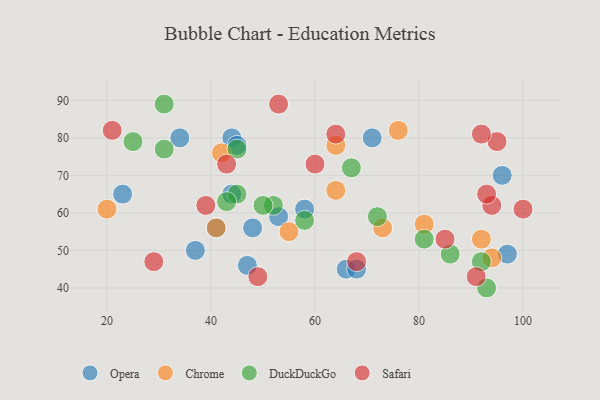
{"axis": {"x": "GDP", "y": "Life Expectancy"}, "legend": ["Chrome", "DuckDuckGo", "Opera", "Safari"], "data": [{"x": "44", "y": 80, "type": "Opera"}, {"x": "47", "y": 46, "type": "Opera"}, {"x": "44", "y": 65, "type": "Opera"}, {"x": "45", "y": 78, "type": "Opera"}, {"x": "71", "y": 80, "type": "Opera"}, {"x": "96", "y": 70, "type": "Opera"}, {"x": "41", "y": 56, "type": "Opera"}, {"x": "97", "y": 49, "type": "Opera"}, {"x": "53", "y": 59, "type": "Opera"}, {"x": "37", "y": 50, "type": "Opera"}, {"x": "66", "y": 45, "type": "Opera"}, {"x": "23", "y": 65, "type": "Opera"}, {"x": "68", "y": 45, "type": "Opera"}, {"x": "48", "y": 56, "type": "Opera"}, {"x": "34", "y": 80, "type": "Opera"}, {"x": "58", "y": 61, "type": "Opera"}, {"x": "64", "y": 66, "type": "Chrome"}, {"x": "92", "y": 53, "type": "Chrome"}, {"x": "76", "y": 82, "type": "Chrome"}, {"x": "94", "y": 48, "type": "Chrome"}, {"x": "42", "y": 76, "type": "Chrome"}, {"x": "41", "y": 56, "type": "Chrome"}, {"x": "81", "y": 57, "type": "Chrome"}, {"x": "20", "y": 61, "type": "Chrome"}, {"x": "55", "y": 55, "type": "Chrome"}, {"x": "73", "y": 56, "type": "Chrome"}, {"x": "64", "y": 78, "type": "Chrome"}, {"x": "45", "y": 77, "type": "DuckDuckGo"}, {"x": "92", "y": 47, "type": "DuckDuckGo"}, {"x": "52", "y": 62, "type": "DuckDuckGo"}, {"x": "72", "y": 59, "type": "DuckDuckGo"}, {"x": "58", "y": 58, "type": "DuckDuckGo"}, {"x": "93", "y": 40, "type": "DuckDuckGo"}, {"x": "81", "y": 53, "type": "DuckDuckGo"}, {"x": "31", "y": 77, "type": "DuckDuckGo"}, {"x": "86", "y": 49, "type": "DuckDuckGo"}, {"x": "31", "y": 89, "type": "DuckDuckGo"}, {"x": "67", "y": 72, "type": "DuckDuckGo"}, {"x": "50", "y": 62, "type": "DuckDuckGo"}, {"x": "45", "y": 65, "type": "DuckDuckGo"}, {"x": "43", "y": 63, "type": "DuckDuckGo"}, {"x": "25", "y": 79, "type": "DuckDuckGo"}, {"x": "94", "y": 62, "type": "Safari"}, {"x": "85", "y": 53, "type": "Safari"}, {"x": "95", "y": 79, "type": "Safari"}, {"x": "21", "y": 82, "type": "Safari"}, {"x": "93", "y": 65, "type": "Safari"}, {"x": "68", "y": 47, "type": "Safari"}, {"x": "100", "y": 61, "type": "Safari"}, {"x": "60", "y": 73, "type": "Safari"}, {"x": "91", "y": 43, "type": "Safari"}, {"x": "43", "y": 73, "type": "Safari"}, {"x": "53", "y": 89, "type": "Safari"}, {"x": "39", "y": 62, "type": "Safari"}, {"x": "49", "y": 43, "type": "Safari"}, {"x": "64", "y": 81, "type": "Safari"}, {"x": "29", "y": 47, "type": "Safari"}, {"x": "92", "y": 81, "type": "Safari"}]}